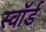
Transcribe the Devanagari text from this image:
स्वाॅर्ड